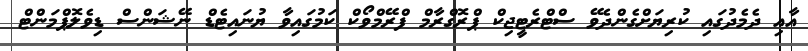
އާއި ދެމެދުގައި ކުރިޔަށްގެންދެވޭ ސްޓްރެޓީޖިކް ޕްރޮގްރާމް ފްރޭމްވޯކް ކަމުގައިވާ ޔުނައިޓެޑް ނޭޝަންސް ޑިވެލޮޕްމަންޓް